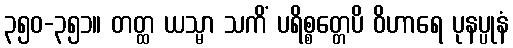
၃၅၀-၃၅၁။ တတ္ထ ယသ္မာ သကိံ ပရိစ္စတ္တေပိ ဝိဟာရေ ပုနပ္ပုနံ